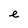
Character: e